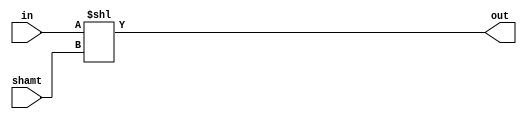
module left_shift ( // Logical left shift
	input [15:0] in,
	input [3:0] shamt,
	output [15:0] out );
	assign out = in << shamt;
endmodule